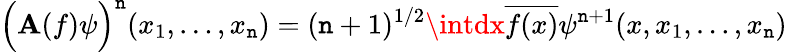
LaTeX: \Big(\mathbf{A}(f)\psi\Big)^{\mathtt{n}}(x_{1},\ldots,x_{\mathtt{n}})=(\mathtt{n}+1)^{1/2}\intdx\overline{{{{f(x)}}}}\psi^{\mathtt{n}+1}(x,x_{1},\ldots,x_{\mathtt{n}})